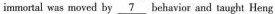
immortal was moved by \underline{7} behavior and taught Heng